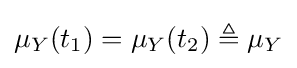
\mu _{Y}(t_{1})=\mu _{Y}(t_{2})\triangleq \mu _{Y}